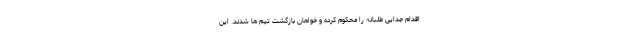
اقدام جدایی طلبانه را محکوم کرده و خواهان بازگشت تیم ها شدند. این